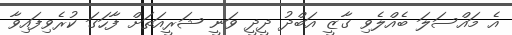
އެ މައްސަލަ ބެއްލެވި ގާޒީ އަބްދު ދީދީ ވަނީ ޝަރީއަތަށް ފާހަގަ ކުރެވިފައިވާ